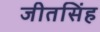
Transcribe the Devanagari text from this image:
जीतसिंह